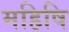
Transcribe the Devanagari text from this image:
महिषि